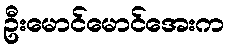
ဦးမောင်မောင်အေးက